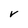
Character: V